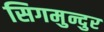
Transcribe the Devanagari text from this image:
सिगमुन्दुर